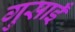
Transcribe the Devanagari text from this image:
गुसाईँ